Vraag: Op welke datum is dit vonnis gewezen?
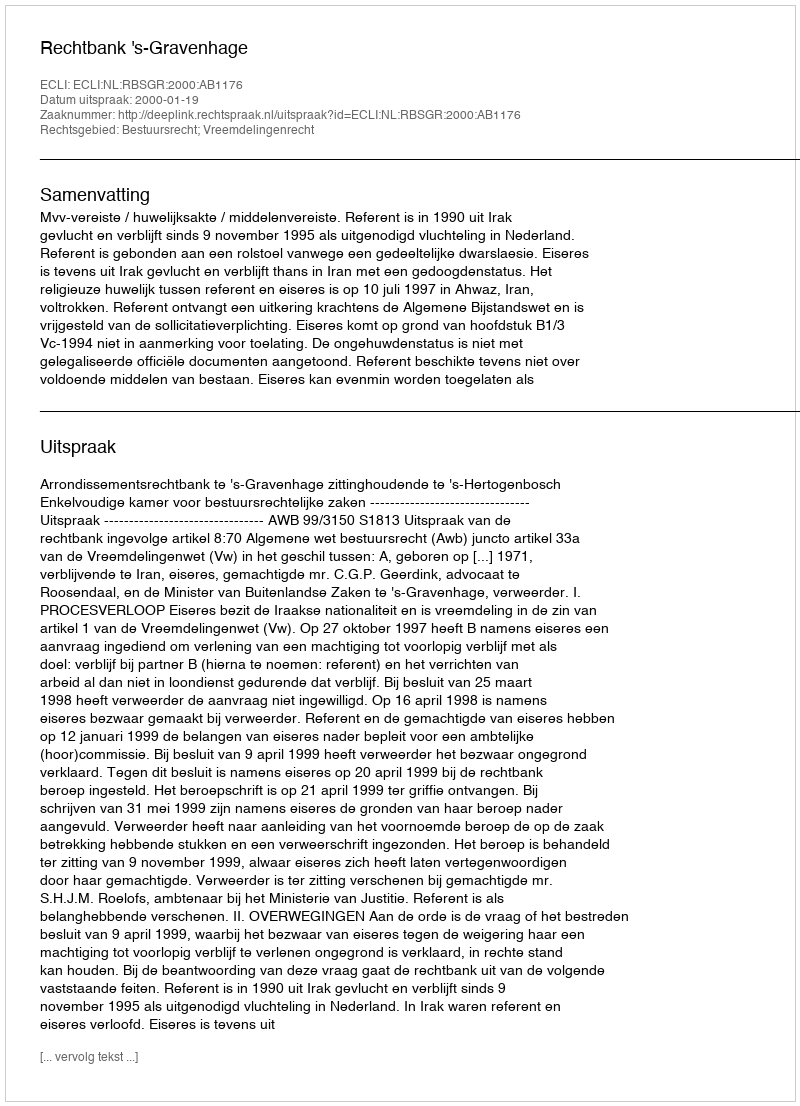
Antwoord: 2000-01-19